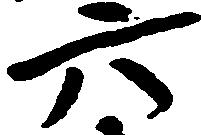
六